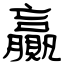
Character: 贏